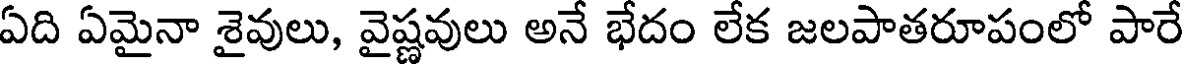
ఏది ఏమైనా శైవులు, వైష్ణవులు అనే భేదం లేక జలపాతరూపంలో పారే